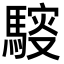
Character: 䮟